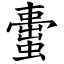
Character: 蟗